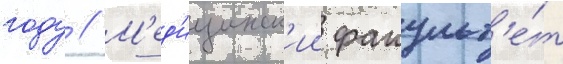
году // М'ед'ицинск'ии факульт'е́т